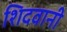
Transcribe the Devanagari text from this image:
शिदवानी